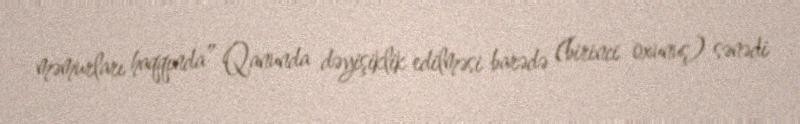
məmurları haqqında” Qanunda dəyişiklik edilməsi barədə (birinci oxunuş) sənədi